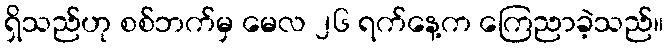
ရှိသည်ဟု စစ်ဘက်မှ မေလ ၂၆ ရက်နေ့က ကြေညာခဲ့သည်။